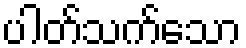
ပါတ်သက်သော